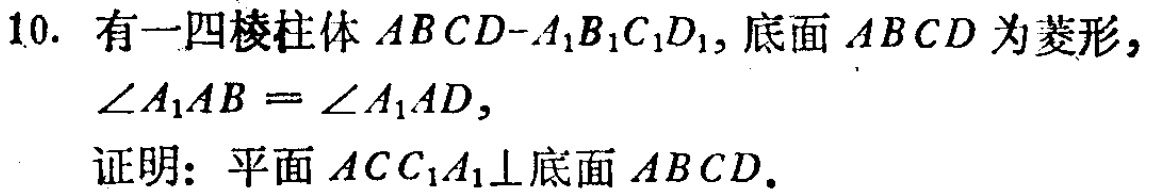
10. 有一四棱柱体 \(ABCD - A_{1}B_{1}C_{1}D_{1}\)，底面 \(ABCD\) 为菱形，\(\angle A_{1}AB=\angle A_{1}AD\)，
证明：平面 \(ACC_{1}A_{1}\perp\)底面 \(ABCD\)。